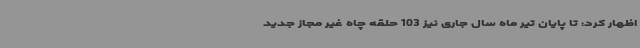
اظهار کرد: تا پایان تیر ماه سال جاری نیز 103 حلقه چاه غیر مجاز جدید